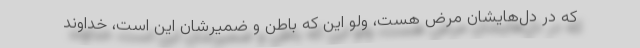
که در دل‌هایشان مرض هست، ولو این که باطن و ضمیرشان این است، خداوند